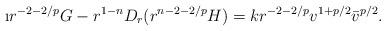
LaTeX: \begin{align*}\i r^{-2-2/p} G - r^{1-n} D_r(r^{n-2-2/p} H) = k r^{-2-2/p} v^{1+p/2}\bar v^{p/2}.\end{align*}